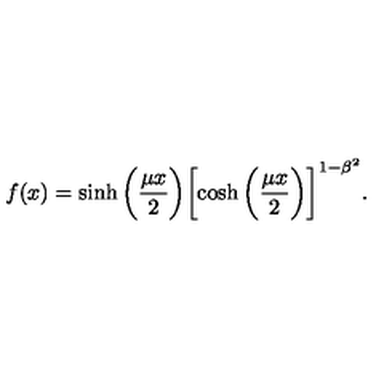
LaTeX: f ( x ) = \sinh { \biggl ( \frac { \mu x } { 2 } \biggr ) } \biggl [ \cosh { \biggl ( \frac { \mu x } { 2 } \biggr ) } \biggr ] ^ { 1 - \beta ^ { 2 } } .